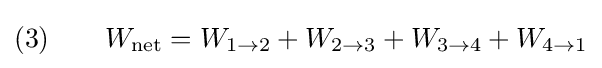
{\text{(3)}}\qquad W_{\rm {net}}=W_{1\to 2}+W_{2\to 3}+W_{3\to 4}+W_{4\to 1}